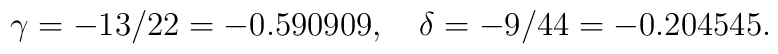
\gamma = - 13/22 =-0.590909 , \quad  \delta = -  9/44  = - 0.204545.